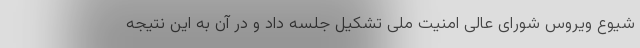
شیوع ویروس شورای عالی امنیت ملی تشکیل جلسه داد و در آن به این نتیجه